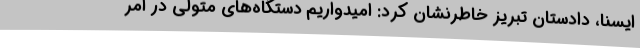
ایسنا، دادستان تبریز خاطرنشان کرد: امیدواریم دستگاه‌های متولی در امر